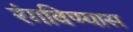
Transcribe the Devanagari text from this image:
रंगविण्यास